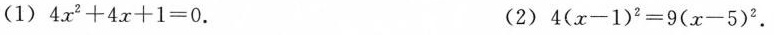
(1)$$4 x ^ { 2 } + 4 x + 1 = 0$$. (2)$$4 ( x - 1 ) ^ { 2 } = 9 ( x - 5 ) ^ { 2 }$$.